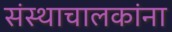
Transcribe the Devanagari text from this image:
संस्थाचालकांना